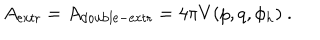
LaTeX: A _ { \mathrm { e x t r } } = A _ { \mathrm { d o u b l e - e x t r } } = 4 \pi V ( p , q , \phi _ { h } ) \ .